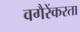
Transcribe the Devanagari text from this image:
वगैरेंकरता